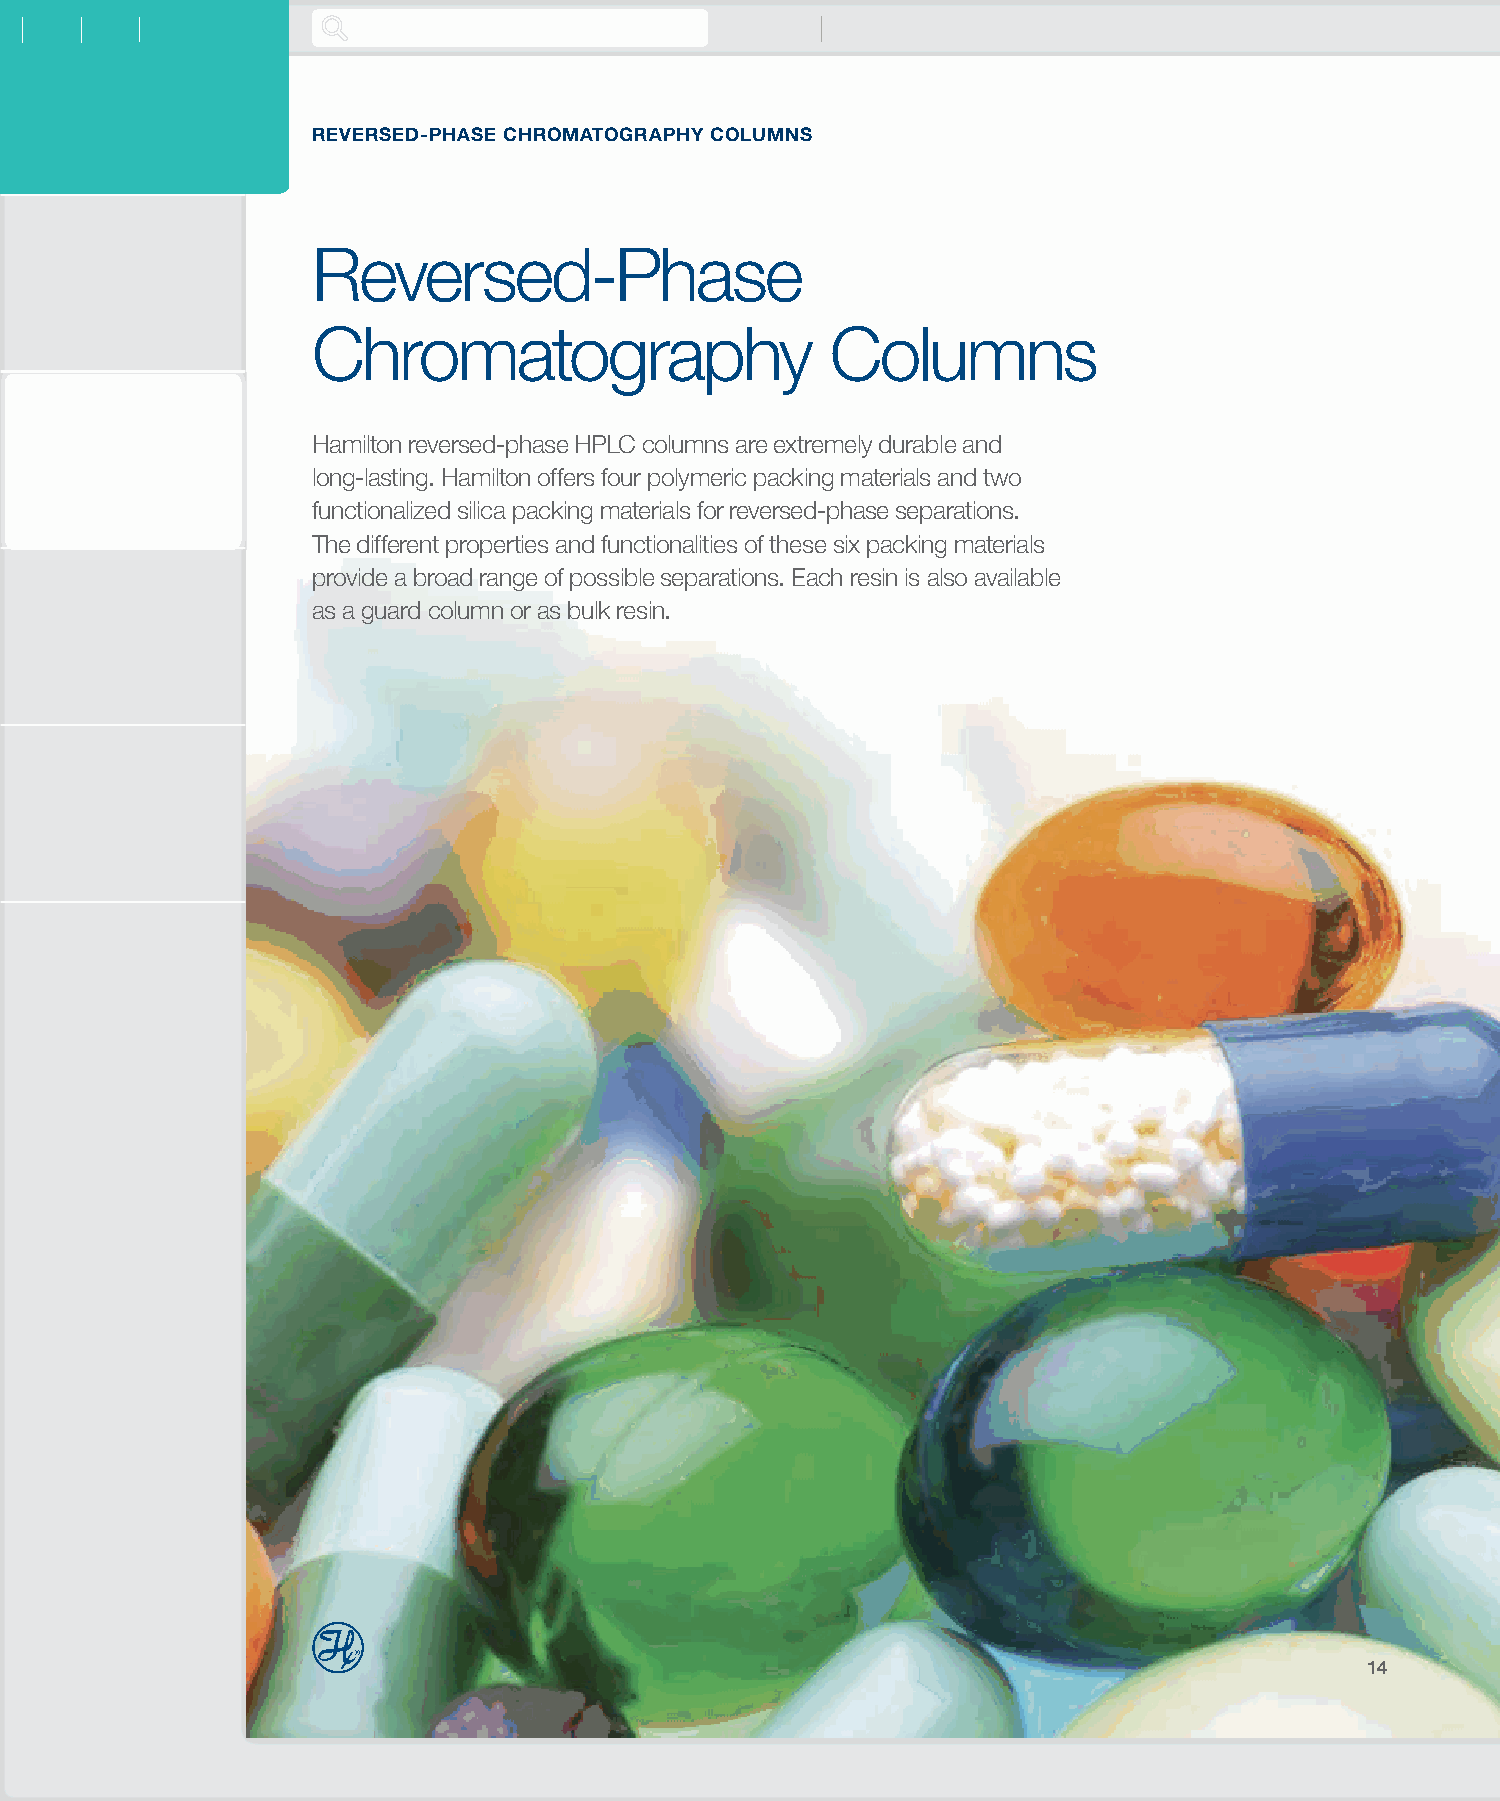
REVERSED-PHASE CHROMATOGRAPHY COLUMNS
 Reversed-Phase
 Chromatography                    Columns
 Hamilton reversed-phase HPLC columns are extremely durable and
 long-lasting. Hamilton offers four polymeric packing materials and two
 functionalized silica packing materials for reversed-phase separations.
 The different properties and functionalities of these six packing materials
 provide a broad range of possible separations. Each resin is also available
 as a guard column or as bulk resin.
 14